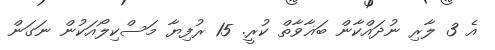
އެ 3 ލާރި ނުދައްކާން ބަޣާވާތް ކުރީ. 15 ރުފިޔާ މަސްކިލޯއަކުން ނަގަން